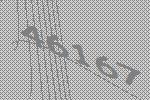
46167